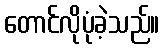
တောင်လိုပုံခဲ့သည်။